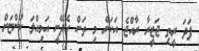
ފަދަ ރީތި ޖަޒީރާ ރާއްޖެ އަކަށް މި ތަން ހެދޭނީ އަމިއްލަ ކުންޏަށް